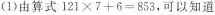
(1)由算式$$1 2 1 × 7 + 6 = 8 5 3$$，可以知道